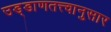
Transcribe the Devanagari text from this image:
उड्डाणतत्त्वानुसार